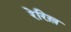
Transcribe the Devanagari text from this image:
रेरिख़